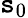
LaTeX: \mathtt{s}_{0}